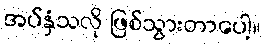
အပ်နှံသလို ဖြစ်သွားတာပေါ့။